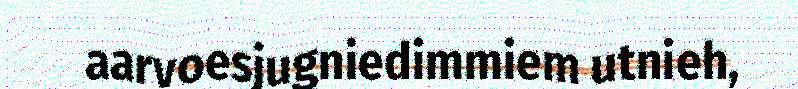
aarvoesjugniedimmiem utnieh,